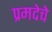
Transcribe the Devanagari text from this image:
प्रमदेचे